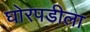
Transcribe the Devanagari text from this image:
घोरपडीला